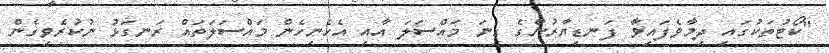
"ކޯޓުތަކުގައި ދިމާވެފައިވާ ފަނޑިޔާރުންގެ ގިނަ މައްސަލަ އާއި އެހެނިހެން މައްސަލަތައް ރަނގަޅު ނުކުރެވިގެން